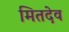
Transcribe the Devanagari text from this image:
मितदेव